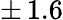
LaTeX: \pm\, 1.6